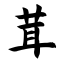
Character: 茸